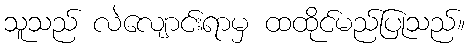
သူသည် လဲလျောင်းရာမှ ထထိုင်မည်ပြုသည်။